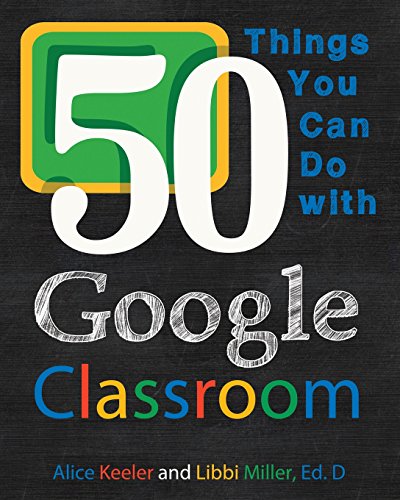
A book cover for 50 Things You Can Do With Google Classroom; Alice Keeler; Education & Teaching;